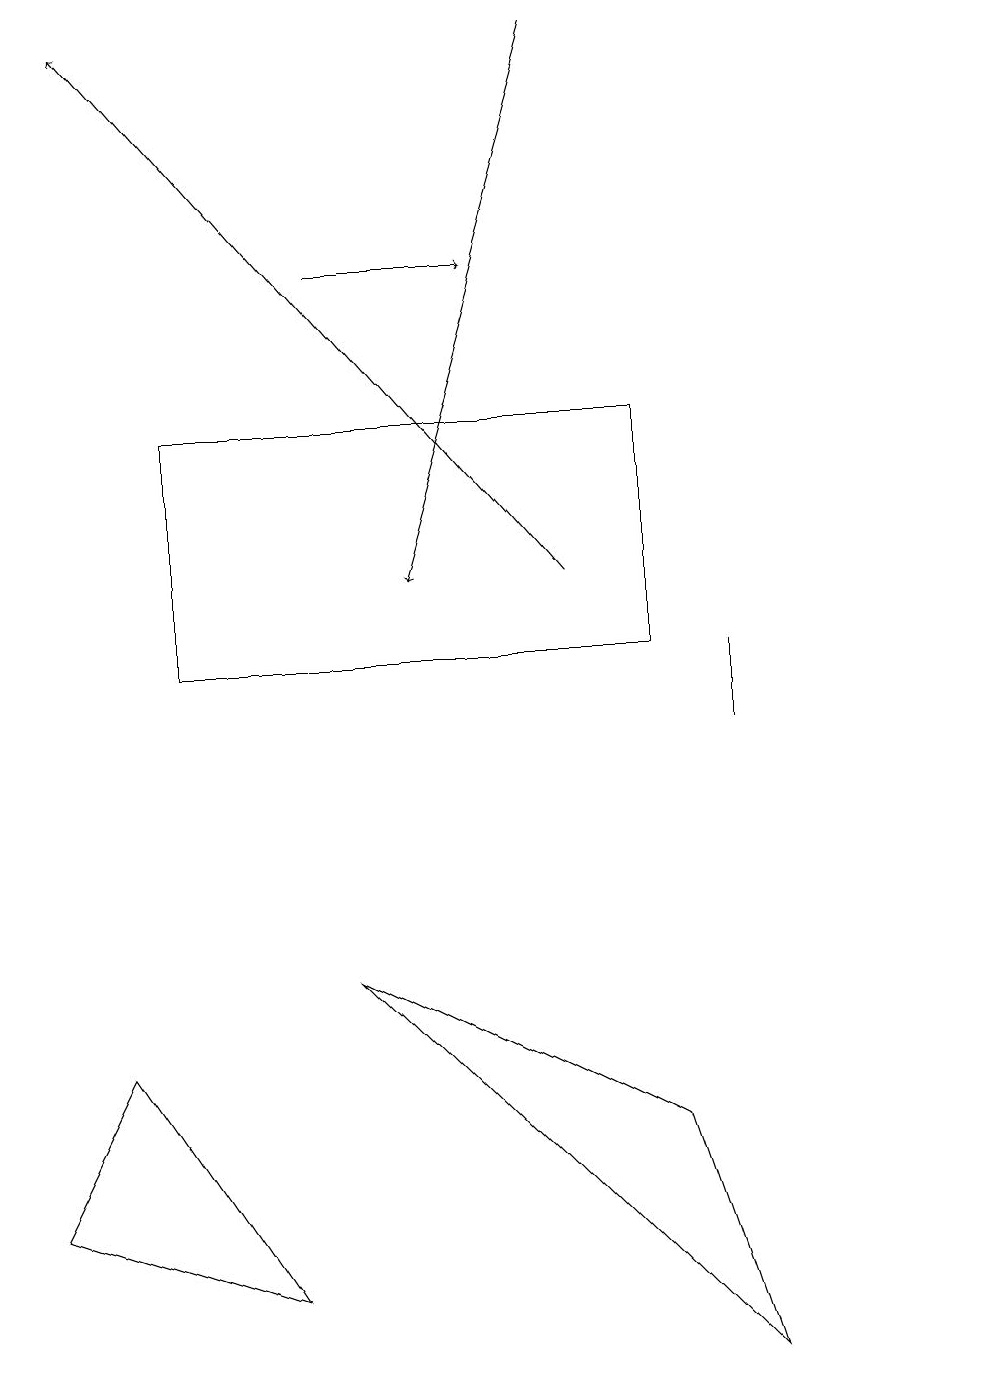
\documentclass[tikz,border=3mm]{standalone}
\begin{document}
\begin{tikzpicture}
\draw (1,6) -- (0,4) -- (3,3) -- cycle;
\draw (12,12) circle (0);
\draw[->] (4,16) -- (6,16);
\draw (4,7) -- (8,5) -- (9,2) -- cycle;
\draw[->] (7,12) -- (1,19);
\draw (2,11) rectangle (8,14);
\draw[->] (7,19) -- (5,12);
\draw (9,11) rectangle (9,10);
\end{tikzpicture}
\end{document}